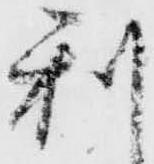
利